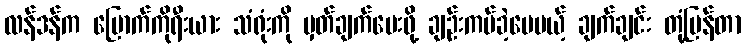
လန်ဒန်က မြောက်ကိုရီးယား သံရုံးကို မှတ်ချက်ပေးဖို့ ချဉ်းကပ်ခဲ့ပေမယ့် ချက်ချင်း တုံ့ပြန်တာ